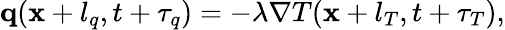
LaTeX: \begin{array}{r}{\mathbf q(\mathbf x+l_{q},t+\tau_{q})=-\lambda\nabla T(\mathbf x+l_{T},t+\tau_{T}),}\end{array}